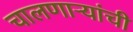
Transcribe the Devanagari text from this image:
चालणाऱ्यांची